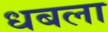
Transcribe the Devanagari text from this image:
धबला